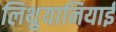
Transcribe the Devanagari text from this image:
लिथुयानियाई